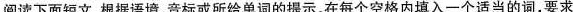
阅读下面短文,根据语境,音标或所给单词的提示,在每个空格内填入一个适当的词,要求